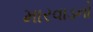
મારવાડનો